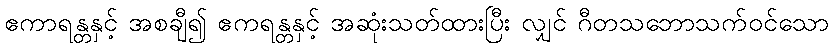
ဧကာရန္တနှင့် အစချီ၍ ဧကရန္တနှင့် အဆုံးသတ်ထားပြီး လျှင် ဂီတသဘောသက်ဝင်သော